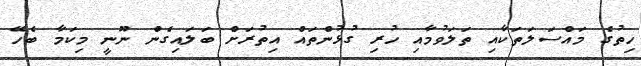
ހިތުގެ މައްސަލަތަކާއި ތަލަވުމާއި ހުރި ގުޅުންތައް އިތުރަށް ބަލައިގެން ނޫނީ މިކަމާ ބެހޭ